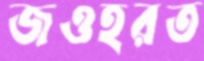
জওহরত